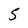
Character: S